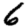
Digit: 6